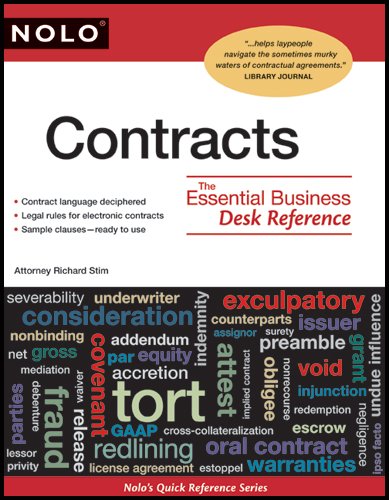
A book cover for Contracts: The Essential Business Desk Reference; Richard Stim; Law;